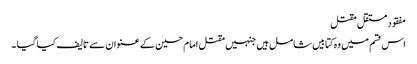
مفقود مستقل مقتل
اس قسم میں وہ کتابیں شامل ہیں جنہیں مقتل امام حسین کے عنوان سے تالیف کیا گیا ۔